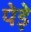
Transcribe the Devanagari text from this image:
पेड़े